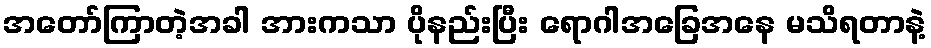
အတော်ကြာတဲ့အခါ အားကသာ ပိုနည်းပြီး ရောဂါအခြေအနေ မသိရတာနဲ့